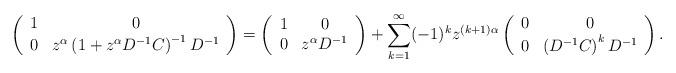
LaTeX: \begin{align*}\left(\begin{array}{cc}1 & 0\\0 & z^{\alpha}\left(1+z^{\alpha}D^{-1}C\right)^{-1}D^{-1}\end{array}\right)=\left(\begin{array}{cc}1 & 0\\0 & z^{\alpha}D^{-1}\end{array}\right)+\sum_{k=1}^{\infty}(-1)^{k}z^{(k+1)\alpha}\left(\begin{array}{cc}0 & 0\\0 & \left(D^{-1}C\right)^{k}D^{-1}\end{array}\right).\end{align*}